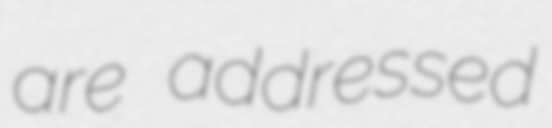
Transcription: are addressed